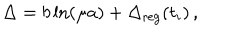
LaTeX: \Delta = b \ln ( \mu a ) + \Delta _ { \mathrm { r e g } } ( t _ { i } ) \, ,